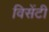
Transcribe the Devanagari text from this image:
विसेंटी